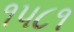
૧૫૮૧